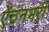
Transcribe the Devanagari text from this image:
ऐंठनभरी